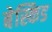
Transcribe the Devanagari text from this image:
बेस्किड